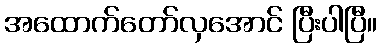
အထောက်တော်လှအောင် ပြီးပါပြီ။